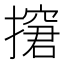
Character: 㩈